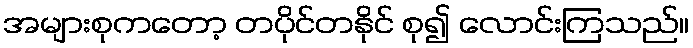
အများစုကတော့ တပိုင်တနိုင် စု၍ လောင်းကြသည်။